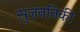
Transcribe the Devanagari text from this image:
सुज़ननिकी